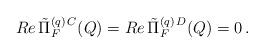
LaTeX: \begin{align*}Re \, \tilde{\Pi}_F^{(q) \, C} (Q) = Re \, \tilde{\Pi}_F^{(q) \, D} (Q) = 0 \, .\end{align*}